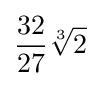
{\frac {32}{27}}{\sqrt[{3}]{2}}